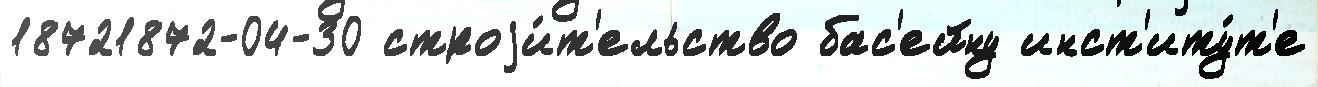
18721872-04-30 строjи́т'ельство бас'ейну инст'иту́т'е